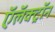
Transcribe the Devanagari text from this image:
ऍलॅक्ट्रॉन